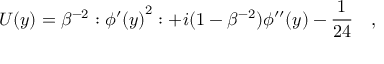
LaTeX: U ( y ) = \beta ^ { - 2 } : { \phi ^ { \prime } ( y ) } ^ { 2 } : + i ( 1 - \beta ^ { - 2 } ) \phi ^ { \prime \prime } ( y ) - \frac { 1 } { 2 4 } \quad ,